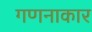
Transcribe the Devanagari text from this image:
गणनाकार